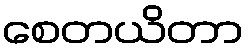
စေတယိတာ